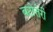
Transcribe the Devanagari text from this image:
बटोत्तेरी